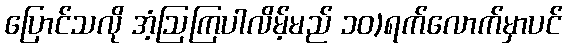
ပြောင်သလို အံ့ဩကြပါလိမ့်မည် ၁၀)ရက်လောက်မှာပင်